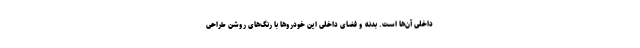
داخلی آن‌ها است. بدنه و فضای داخلی این خودرو‌ها با رنگ‌های روشن طراحی